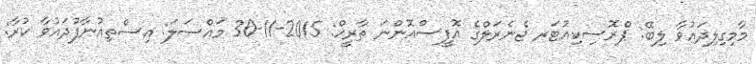
މާމިގިލިދައުވާ ލިބޭ: ޕްރޮސިކިއުޓަރ ޖެނެރަލްގެ އޮފީސްއޮންނަ ތާރީޚް: 2015-11-30 މައްސަލަ: އިސްތިއުނާފުދައުވާ ކުރާ: